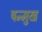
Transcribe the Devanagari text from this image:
षन्मुख